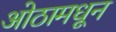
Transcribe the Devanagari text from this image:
ओठामधून